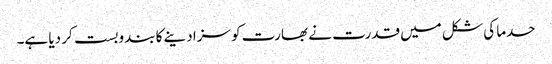
حدما کی شکل میں قدرت نے بھارت کو سزا دینے کا بندوبست کر دیا ہے۔